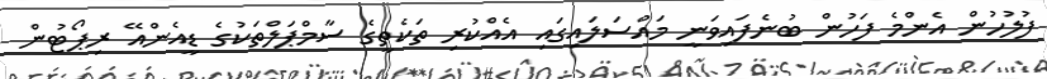
ފުލުހުން އެންމެ ފަހުން ބުނެފައިވަނީ މައްސަލައިގައި އެއްކުރި ތަކެތީގެ ސާމްޕަލްތަކުގެ ޑީއެންއޭ ރިޕޯޓުން